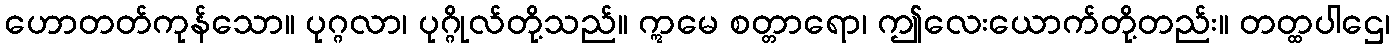
ဟောတတ်ကုန်သော။ ပုဂ္ဂလာ၊ ပုဂ္ဂိုလ်တို့သည်။ ဣမေ စတ္တာရော၊ ဤလေးယောက်တို့တည်း။ တတ္ထပါဌေ၊